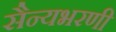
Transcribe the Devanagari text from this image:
सैन्यभरणी